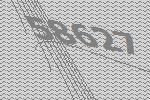
58627